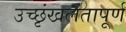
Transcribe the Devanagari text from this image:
उच्छृंखलतापूर्ण